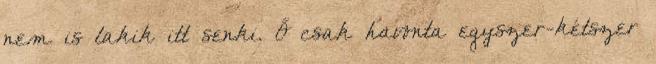
nem is lakik itt senki. Ő csak havonta egyszer-kétszer